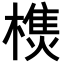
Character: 𣛑